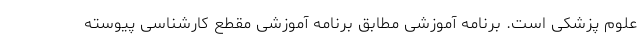
علوم پزشکی است. برنامه آموزشی مطابق برنامه آموزشی مقطع کارشناسی پیوسته